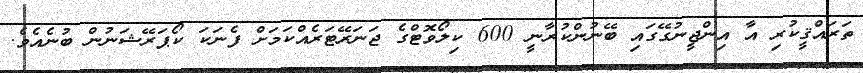
ތަރައްޤީކުރި އާ އިންޖީނުގޭގައި ބޭނުންކުރާނީ 600 ކިލޯވޮޓްގެ ޖަނަރޭޓަރެއްކަމަށް ފެނަކަ ކޯޕަރޭޝަނުން ބުނެއެވެ.